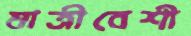
যাত্রীবেশী